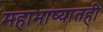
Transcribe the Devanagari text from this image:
महाभाष्यातही